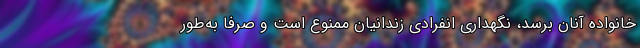
خانواده آنان برسد، نگهداری انفرادی زندانیان ممنوع است و صرفاً به‌طور